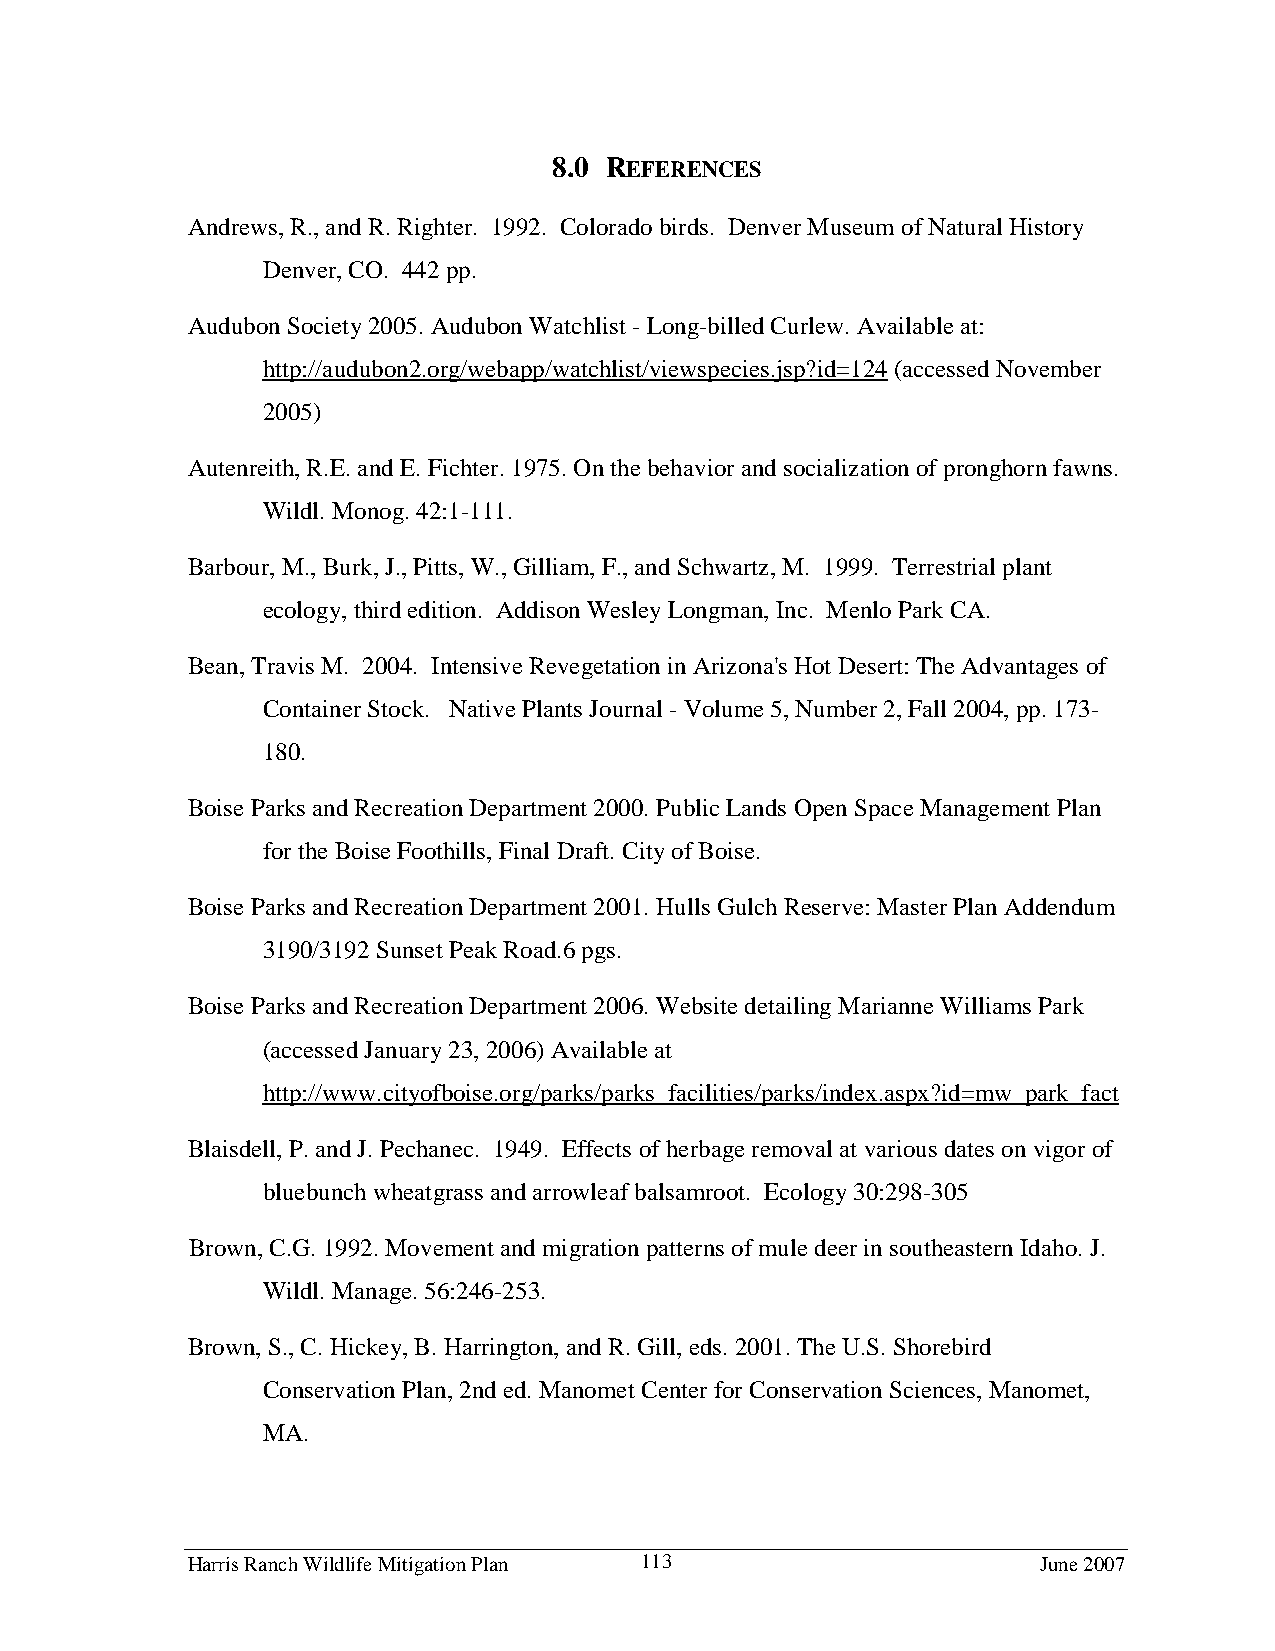
8.0 REFERENCES
 Andrews, R., and R. Righter. 1992. Colorado birds. Denver Museum of Natural History
 Denver, CO. 442 pp.
 Audubon Society 2005. Audubon Watchlist - Long-billed Curlew. Available at:
 http://audubon2.org/webapp/watchlist/viewspecies.jsp?id=124 (accessed November
 2005)
 Autenreith, R.E. and E. Fichter. 1975. On the behavior and socialization of pronghorn fawns.
 Wildl. Monog. 42:1-111.
 Barbour, M., Burk, J., Pitts, W., Gilliam, F., and Schwartz, M. 1999. Terrestrial plant
 ecology, third edition. Addison Wesley Longman, Inc. Menlo Park CA.
 Bean, Travis M. 2004. Intensive Revegetation in Arizona's Hot Desert: The Advantages of
 Container Stock. Native Plants Journal - Volume 5, Number 2, Fall 2004, pp. 173-
 180.
 Boise Parks and Recreation Department 2000. Public Lands Open Space Management Plan
 for the Boise Foothills, Final Draft. City of Boise.
 Boise Parks and Recreation Department 2001. Hulls Gulch Reserve: Master Plan Addendum
 3190/3192 Sunset Peak Road.6 pgs.
 Boise Parks and Recreation Department 2006. Website detailing Marianne Williams Park
 (accessed January 23, 2006) Available at
 http://www.cityofboise.org/parks/parks_facilities/parks/index.aspx?id=mw_park_fact
 Blaisdell, P. and J. Pechanec. 1949. Effects of herbage removal at various dates on vigor of
 bluebunch wheatgrass and arrowleaf balsamroot. Ecology 30:298-305
 Brown, C.G. 1992. Movement and migration patterns of mule deer in southeastern Idaho. J.
 Wildl. Manage. 56:246-253.
 Brown, S., C. Hickey, B. Harrington, and R. Gill, eds. 2001. The U.S. Shorebird
 Conservation Plan, 2nd ed. Manomet Center for Conservation Sciences, Manomet,
 MA.
 Harris Ranch Wildlife Mitigation Plan 113                June 2007